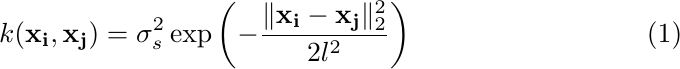
\begin{equation}
    k(\mathbf{x_i}, \mathbf{x_j}) = \sigma_s^2 \exp\left(-\frac{\|\mathbf{x_i} - \mathbf{x_j}\|_2^2}{2l^2}\right)
\end{equation}